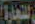
للتجارة